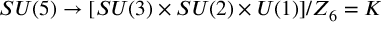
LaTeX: S U ( 5 ) \rightarrow [ S U ( 3 ) \times S U ( 2 ) \times U ( 1 ) ] / Z _ { 6 } = K